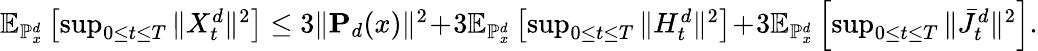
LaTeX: \begin{array}{r}{\mathbb{E}_{\mathbb{P}_{x}^{d}}\left[\operatorname*{sup}_{0\leq t\leq T}\| X_{t}^{d}\| ^{2}\right]\leq 3\| \mathbf{P}_{d}(x)\| ^{2}\! +\! 3\mathbb{E}_{\mathbb{P}_{x}^{d}}\left[\operatorname*{sup}_{0\leq t\leq T}\| H_{t}^{d}\| ^{2}\right]\! +\! 3\mathbb{E}_{\mathbb{P}_{x}^{d}}\left[\operatorname*{sup}_{0\leq t\leq T}\| \bar{J}_{t}^{d}\| ^{2}\right].}\end{array}